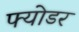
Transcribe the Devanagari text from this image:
फ्योडर